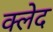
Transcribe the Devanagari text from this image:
क्‍लेद